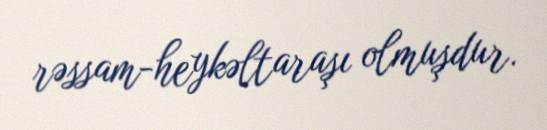
rəssam-heykəltaraşı olmuşdur.